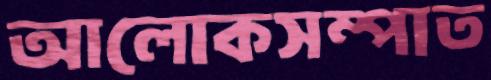
আলোকসম্পাত